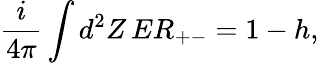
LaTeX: \frac{i}{4\pi}\int d^{2}Z\, ER_{+-}=1-h,